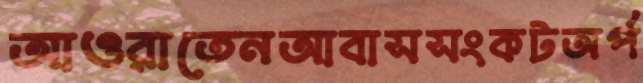
আওরাতেনআবাসসংকটঅর্প